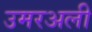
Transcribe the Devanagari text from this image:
उमरअली